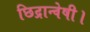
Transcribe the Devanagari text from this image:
छिद्रान्वेषी।